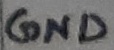
Text: GND